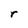
Character: r